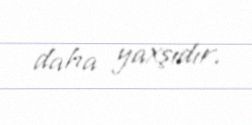
daha yaxşıdır.